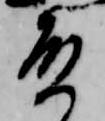
殿